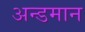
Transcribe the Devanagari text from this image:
अन्डमान